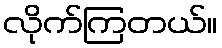
လိုက်ကြတယ်။